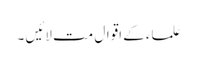
علماء کے اقوال مت لائیں ۔